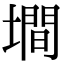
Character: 墹